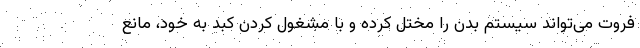
فروت می‌تواند سیستم بدن را مختل کرده و با مشغول کردن کبد به خود، مانع